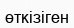
өткізіген